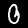
Digit: 0